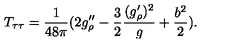
T _ { \tau \tau } = { \frac { 1 } { 4 8 \pi } } ( 2 g _ { \rho } ^ { \prime \prime } - { \frac { 3 } { 2 } } { \frac { ( g _ { \rho } ^ { \prime } ) ^ { 2 } } { g } } + { \frac { b ^ { 2 } } { 2 } } ) .